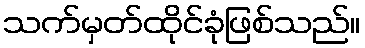
သက်မှတ်ထိုင်ခုံဖြစ်သည်။